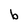
Character: b